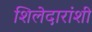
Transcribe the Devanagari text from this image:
शिलेदारांशी